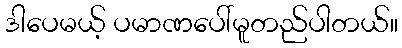
ဒါပေမယ့် ပမာဏပေါ်မူတည်ပါတယ်။